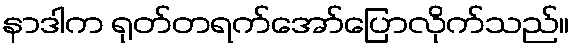
နာဒါက ရုတ်တရက်အော်ပြောလိုက်သည်။